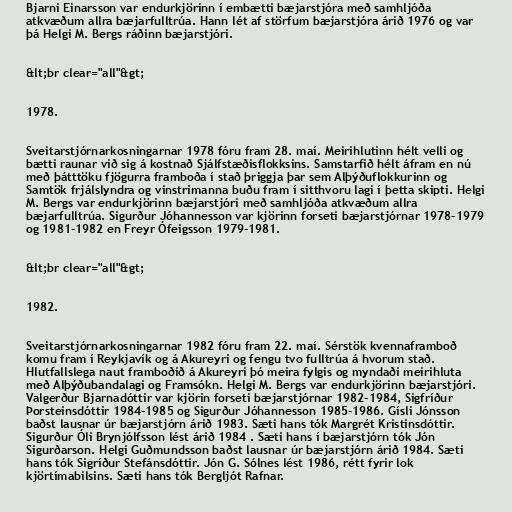
Bjarni Einarsson var endurkjörinn í embætti bæjarstjóra með samhljóða
atkvæðum allra bæjarfulltrúa. Hann lét af störfum bæjarstjóra árið 1976 og var
þá Helgi M. Bergs ráðinn bæjarstjóri.

&lt;br clear="all"&gt;

1978.

Sveitarstjórnarkosningarnar 1978 fóru fram 28. maí. Meirihlutinn hélt velli og
bætti raunar við sig á kostnað Sjálfstæðisflokksins. Samstarfið hélt áfram en nú
með þátttöku fjögurra framboða í stað þriggja þar sem Alþýðuflokkurinn og
Samtök frjálslyndra og vinstrimanna buðu fram í sitthvoru lagi í þetta skipti. Helgi
M. Bergs var endurkjörinn bæjarstjóri með samhljóða atkvæðum allra
bæjarfulltrúa. Sigurður Jóhannesson var kjörinn forseti bæjarstjórnar 1978-1979
og 1981-1982 en Freyr Ófeigsson 1979-1981.

&lt;br clear="all"&gt;

1982.

Sveitarstjórnarkosningarnar 1982 fóru fram 22. maí. Sérstök kvennaframboð
komu fram í Reykjavík og á Akureyri og fengu tvo fulltrúa á hvorum stað.
Hlutfallslega naut framboðið á Akureyri þó meira fylgis og myndaði meirihluta
með Alþýðubandalagi og Framsókn. Helgi M. Bergs var endurkjörinn bæjarstjóri.
Valgerður Bjarnadóttir var kjörin forseti bæjarstjórnar 1982-1984, Sigfríður
Þorsteinsdóttir 1984-1985 og Sigurður Jóhannesson 1985-1986. Gísli Jónsson
baðst lausnar úr bæjarstjórn árið 1983. Sæti hans tók Margrét Kristinsdóttir.
Sigurður Óli Brynjólfsson lést árið 1984 . Sæti hans í bæjarstjórn tók Jón
Sigurðarson. Helgi Guðmundsson baðst lausnar úr bæjarstjórn árið 1984. Sæti
hans tók Sigríður Stefánsdóttir. Jón G. Sólnes lést 1986, rétt fyrir lok
kjörtímabilsins. Sæti hans tók Bergljót Rafnar.